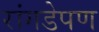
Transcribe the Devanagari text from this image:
रांगडेपण